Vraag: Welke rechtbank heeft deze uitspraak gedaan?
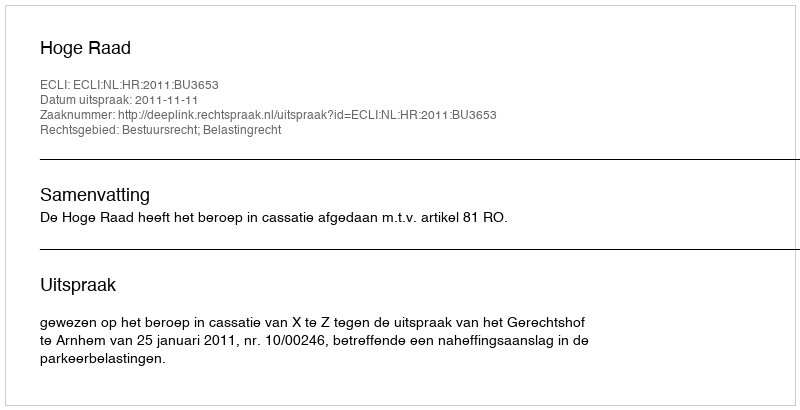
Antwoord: Hoge Raad